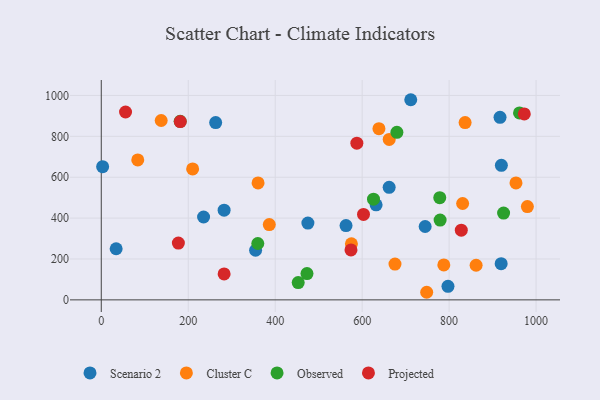
{"axis": {"x": "Price", "y": "Demand"}, "legend": ["Cluster C", "Observed", "Projected", "Scenario 2"], "data": [{"x": "744.9", "y": 358.9, "type": "Scenario 2"}, {"x": "263.1", "y": 867.3, "type": "Scenario 2"}, {"x": "711.8", "y": 979.1, "type": "Scenario 2"}, {"x": "282.5", "y": 438.6, "type": "Scenario 2"}, {"x": "3.1", "y": 651.8, "type": "Scenario 2"}, {"x": "920.2", "y": 658.4, "type": "Scenario 2"}, {"x": "797.4", "y": 66.2, "type": "Scenario 2"}, {"x": "632.1", "y": 465.1, "type": "Scenario 2"}, {"x": "562.9", "y": 363.5, "type": "Scenario 2"}, {"x": "354.9", "y": 242.7, "type": "Scenario 2"}, {"x": "919.7", "y": 176.9, "type": "Scenario 2"}, {"x": "917.1", "y": 892.9, "type": "Scenario 2"}, {"x": "475.2", "y": 375.4, "type": "Scenario 2"}, {"x": "662.1", "y": 550.3, "type": "Scenario 2"}, {"x": "235.3", "y": 405.4, "type": "Scenario 2"}, {"x": "34.2", "y": 250.1, "type": "Scenario 2"}, {"x": "787.8", "y": 170.7, "type": "Cluster C"}, {"x": "638.6", "y": 837.4, "type": "Cluster C"}, {"x": "83.9", "y": 684.6, "type": "Cluster C"}, {"x": "662.2", "y": 784.7, "type": "Cluster C"}, {"x": "575.3", "y": 273.9, "type": "Cluster C"}, {"x": "386.4", "y": 368.5, "type": "Cluster C"}, {"x": "360.6", "y": 572.0, "type": "Cluster C"}, {"x": "137.8", "y": 877.5, "type": "Cluster C"}, {"x": "836.8", "y": 867.1, "type": "Cluster C"}, {"x": "862.1", "y": 169.3, "type": "Cluster C"}, {"x": "980.0", "y": 456.6, "type": "Cluster C"}, {"x": "210.1", "y": 640.6, "type": "Cluster C"}, {"x": "675.5", "y": 175.3, "type": "Cluster C"}, {"x": "831.1", "y": 471.5, "type": "Cluster C"}, {"x": "953.8", "y": 572.1, "type": "Cluster C"}, {"x": "748.4", "y": 37.1, "type": "Cluster C"}, {"x": "925.3", "y": 424.7, "type": "Observed"}, {"x": "778.5", "y": 499.8, "type": "Observed"}, {"x": "626.1", "y": 492.7, "type": "Observed"}, {"x": "360.0", "y": 275.8, "type": "Observed"}, {"x": "181.5", "y": 873.4, "type": "Observed"}, {"x": "961.9", "y": 914.6, "type": "Observed"}, {"x": "779.3", "y": 390.1, "type": "Observed"}, {"x": "452.9", "y": 84.7, "type": "Observed"}, {"x": "679.9", "y": 819.4, "type": "Observed"}, {"x": "473.1", "y": 128.7, "type": "Observed"}, {"x": "603.1", "y": 418.0, "type": "Projected"}, {"x": "574.3", "y": 244.5, "type": "Projected"}, {"x": "181.7", "y": 872.0, "type": "Projected"}, {"x": "55.8", "y": 919.0, "type": "Projected"}, {"x": "177.3", "y": 277.6, "type": "Projected"}, {"x": "587.8", "y": 766.4, "type": "Projected"}, {"x": "282.5", "y": 127.1, "type": "Projected"}, {"x": "828.0", "y": 340.8, "type": "Projected"}, {"x": "972.9", "y": 909.4, "type": "Projected"}]}